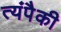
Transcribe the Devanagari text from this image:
त्यंपैकी